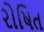
રોષિત